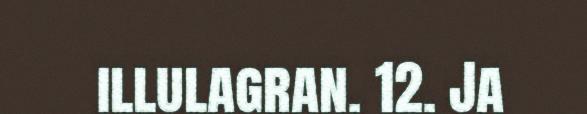
illulagran. 12. Ja